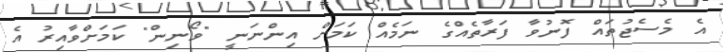
އެ މެސެޖުތައް ފޮނުވާ ފަރާތެއްގެ ނަމެއް ކަމަށް އިންނަނީ "ވޯނިން" ކަމަށްވާއިރު އެ